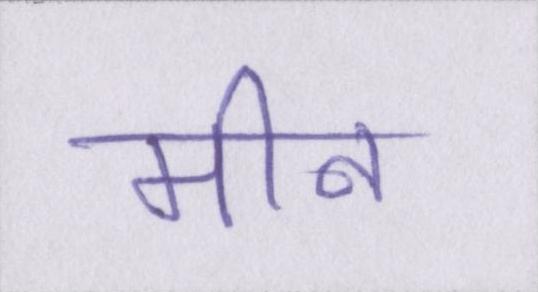
मीन